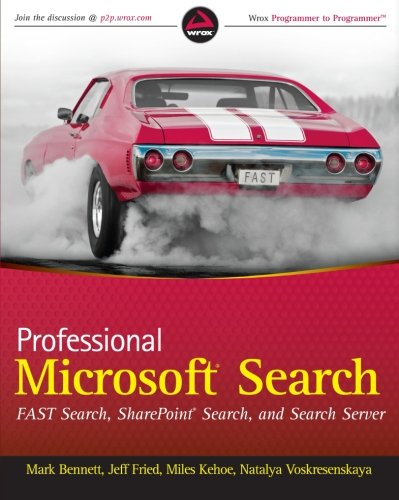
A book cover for Professional Microsoft Search: FAST Search, SharePoint Search, and Search Server; Mark Bennett; Computers & Technology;